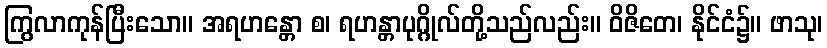
ကြွလာကုန်ပြီးသော။ အရဟန္တော စ၊ ရဟန္တာပုဂ္ဂိုလ်တို့သည်လည်း။ ဝိဇိတေ၊ နိုင်ငံ၌။ ဖာသု၊